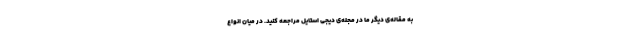
به مقاله‌ی دیگر ما در مجله‌ی دیجی استایل مراجعه کنید. در میان انواع